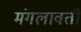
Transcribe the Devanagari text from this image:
मंगलावती